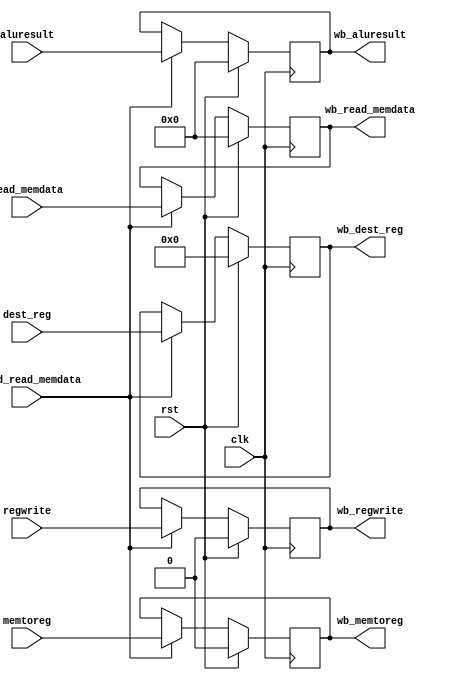
module  core_mem_wb(
                     clk,
                     rst,
                     regwrite,
                     memtoreg,
                     aluresult,
                     read_memdata,
                     valid_read_memdata,
                     dest_reg,
                     wb_regwrite,
                     wb_memtoreg,
                     wb_aluresult,
                     wb_read_memdata,
                     wb_dest_reg
                     );
input                     clk;
input                     rst;
input                     regwrite;
input                     memtoreg;
input    [31:0]           aluresult;
input    [31:0]           read_memdata;
input                     valid_read_memdata;
input    [4:0]            dest_reg;
output                     wb_regwrite;
output                     wb_memtoreg;
output   [31:0]            wb_aluresult;
output   [31:0]            wb_read_memdata;
output   [4:0]             wb_dest_reg;  
reg                     wb_regwrite;
reg                     wb_memtoreg;
reg   [31:0]            wb_aluresult;
reg   [31:0]            wb_read_memdata;
reg   [4:0]             wb_dest_reg;
always@(posedge clk)
begin
  if(rst)
    begin
      wb_regwrite<=1'b0;
      wb_memtoreg<=1'b0;
      wb_aluresult<=32'h0000;
      wb_read_memdata<=32'h0000;
      wb_dest_reg<=5'b00000;
    end
 else if(valid_read_memdata)
    begin
      wb_regwrite<=regwrite;
      wb_memtoreg<=memtoreg;
      wb_aluresult<=aluresult;
      wb_read_memdata<=read_memdata;
      wb_dest_reg<=dest_reg;
    end   
end
endmodule